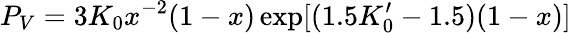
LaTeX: P_{V}=3K_{0}x^{-2}(1-x)\exp[(1.5K_{0}^{\prime}-1.5)(1-x)]